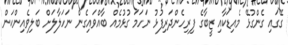
ގޭގައި ގެންގުޅޭ މެއިޑަކާއި ޒީބާގެ ފިރިހެންދަރިފުޅު ނަހަމަ ގުޅުމެއް ބާއްވައިގެން ނަހަލާލަށް ބަލިވެއިންކަން